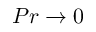
P r \to 0